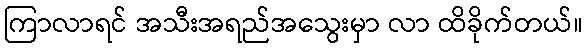
ကြာလာရင် အသီးအရည်အသွေးမှာ လာ ထိခိုက်တယ်။